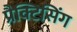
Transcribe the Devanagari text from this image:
प्रैक्टिसिंग